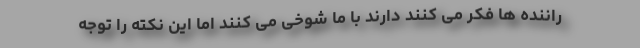
راننده ها فکر می کنند دارند با ما شوخی می کنند اما این نکته را توجه